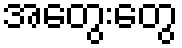
အတွေးတွေ